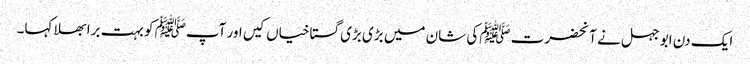
ایک دن ابو جہل نے آنحضرت ﷺکی شان میں بڑی بڑی گستاخیاں کیں اور آپﷺ کو بہت برا بھلا کہا۔